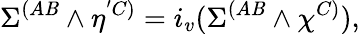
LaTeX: \Sigma^{(A\mathit{B}}\wedge\eta^{'C)}=i_{v}(\Sigma^{(A\mathit{B}}\wedge\chi^{C)}),